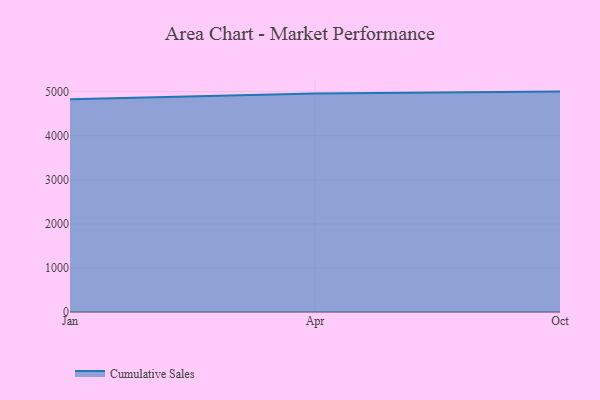
{"axis": {"x": "Month", "y": "Page Views"}, "legend": ["Cumulative Sales"], "data": [{"x": "Jan", "y": 4824.1, "type": "Cumulative Sales"}, {"x": "Apr", "y": 4958.7, "type": "Cumulative Sales"}, {"x": "Oct", "y": 5000, "type": "Cumulative Sales"}]}